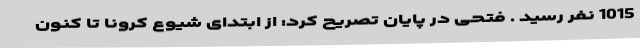
1015 نفر رسید . فتحی در پایان تصریح کرد: از ابتدای شیوع کرونا تا کنون